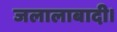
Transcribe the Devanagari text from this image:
जलालाबादी।